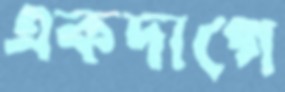
একদাগে